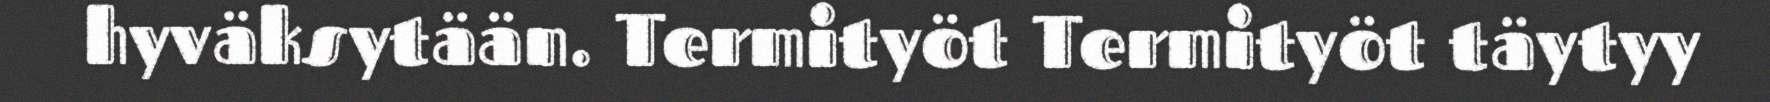
hyväksytään. Termityöt Termityöt täytyy